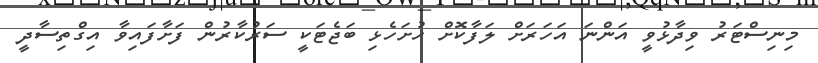
މިނިސްޓަރު ވިދާޅުވީ އަންނަ އަހަރަށް ލަފާކޮށް ހުށަހެޅި ބަޖެޓަކީ ސަރުކާރުން ފަށާފައިވާ އިގްތިސާދީ